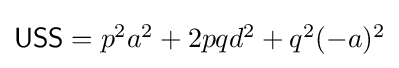
{\textstyle {\mathsf {USS}}=p^{2}a^{2}+2pqd^{2}+q^{2}(-a)^{2}}